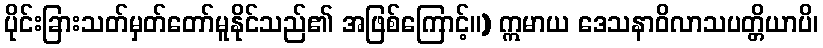
ပိုင်းခြားသတ်မှတ်တော်မူနိုင်သည်၏ အဖြစ်ကြောင့်။) ဣမာယ ဒေသနာဝိလာသပတ္တိယာပိ၊